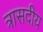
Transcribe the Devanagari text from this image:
त्रासदीय